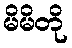
မိမိတို